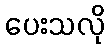
ပေးသလို